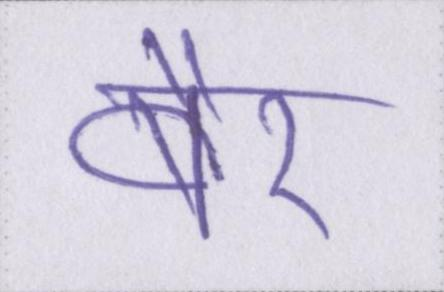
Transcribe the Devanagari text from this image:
बैर